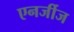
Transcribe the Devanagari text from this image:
एनर्जीज